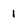
Character: 1